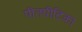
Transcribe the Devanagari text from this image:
पीतपीटिका